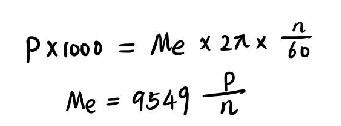
\begin{align*}
P\times1000&=Me\times2\pi\times\frac{n}{60}\\
Me&=9549\frac{P}{n}
\end{align*}